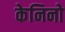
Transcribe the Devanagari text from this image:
केनिनो